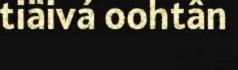
tiäivá oohtân